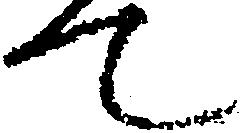
て